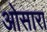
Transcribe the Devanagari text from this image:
ओसारा